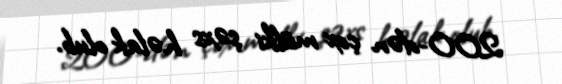
200-dən çox mülki şəxs həlak olub.